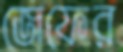
জেফের